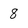
Character: 8